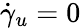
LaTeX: {\dot{\gamma}}_{u}=0